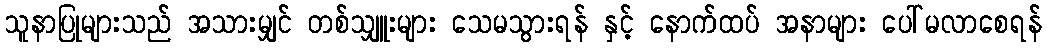
သူနာပြုများသည် အသားမျှင် တစ်သျှူးများ သေမသွားရန် နှင့် နောက်ထပ် အနာများ ပေါ်မလာစေရန်